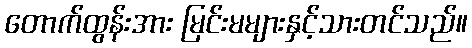
တောက်ထွန်းအား မြင်းမများနှင့်သားတင်သည်။